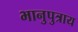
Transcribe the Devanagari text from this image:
भानुपुत्राय